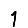
Digit: 1